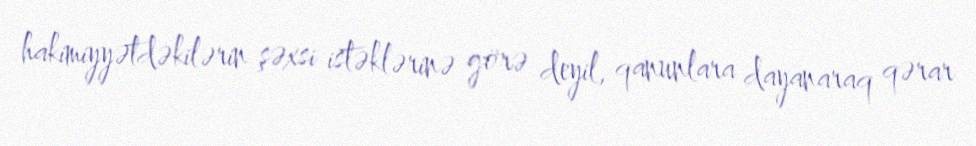
hakimiyyətdəkilərin şəxsi istəklərinə görə deyil, qanunlara dayanaraq qərar